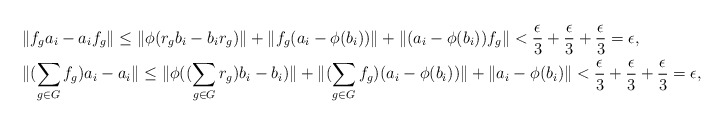
\begin{align*}&\|f_ga_i-a_if_g\|\le \|\phi(r_gb_i-b_ir_g)\|+\|f_g(a_i-\phi(b_i))\|+\|(a_i-\phi(b_i))f_g\|<\frac{\epsilon}{3}+\frac{\epsilon}{3}+\frac{\epsilon}{3}=\epsilon,\\&\|(\sum_{g\in G}f_g)a_i-a_i\|\le\|\phi((\sum_{g\in G}r_g)b_i-b_i)\|+\|(\sum_{g\in G}f_g)(a_i-\phi(b_i))\|+\|a_i-\phi(b_i)\|<\frac{\epsilon}{3}+\frac{\epsilon}{3}+\frac{\epsilon}{3}=\epsilon,\end{align*}